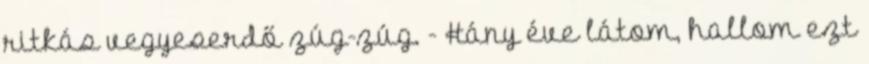
ritkás vegyeserdő zúg-zúg. - Hány éve látom, hallom ezt